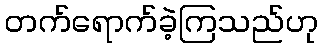
တက်ရောက်ခဲ့ကြသည်ဟု